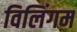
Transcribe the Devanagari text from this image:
विलिंगम